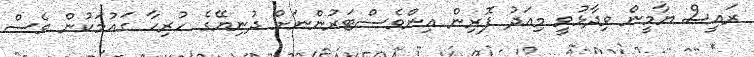
ރައީސް ޔާމީން ވިދާޅުވީ މިއަދު ފޮރިން އިންވެސްޓަރުންނަށް ދުނިޔޭގެ ހުރިހާ ގައުމަކުން ވެސް